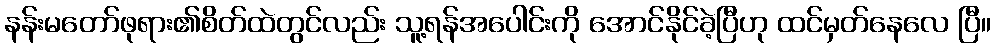
နန်းမတော်ဖုရား၏စိတ်ထဲတွင်လည်း သူ့ရန်အပေါင်းကို အောင်နိုင်ခဲ့ပြီဟု ထင်မှတ်နေလေ ပြီ။